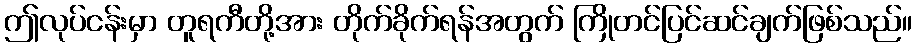
ဤလုပ်ငန်းမှာ တူရကီတို့အား တိုက်ခိုက်ရန်အတွက် ကြိုတင်ပြင်ဆင်ချက်ဖြစ်သည်။